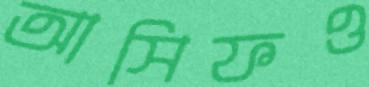
আসিফও